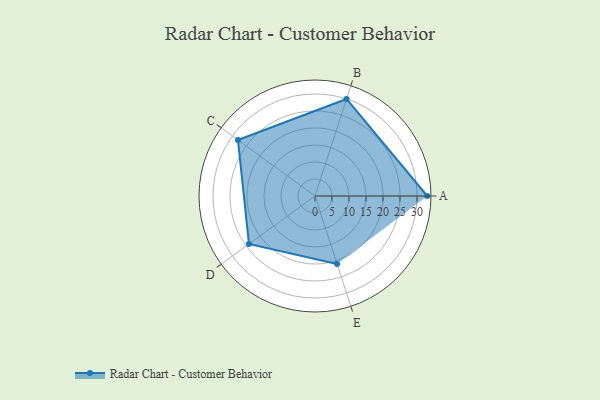
{"axis": {"x": "Skill", "y": "Score"}, "legend": ["Profile"], "data": [{"x": "A", "y": 33.0, "type": "Profile"}, {"x": "B", "y": 30.0, "type": "Profile"}, {"x": "C", "y": 28.0, "type": "Profile"}, {"x": "D", "y": 24.0, "type": "Profile"}, {"x": "E", "y": 21.0, "type": "Profile"}]}